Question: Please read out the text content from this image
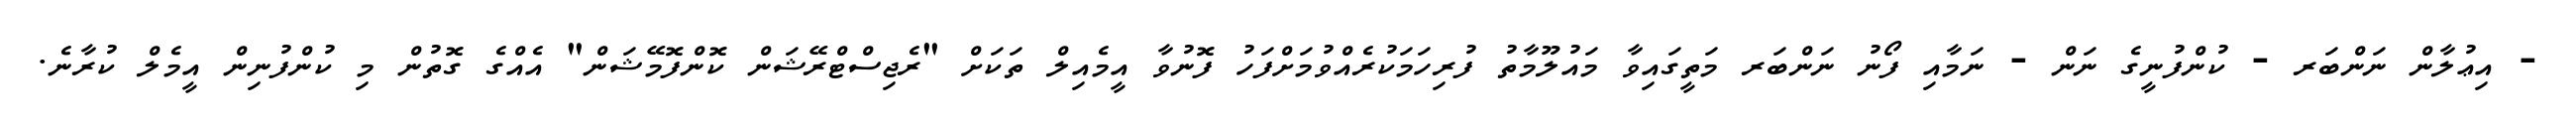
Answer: - އިޢުލާން ނަންބަރ - ކުންފުނީގެ ނަން - ނަމާއި ފޯނު ނަންބަރ މަތީގައިވާ މައުލޫމާތު ފުރިހަމަކުރެއްވުމަށްފަހު ފޮނުވާ އީމެއިލް ތަކަށް "ރެޖިސްޓްރޭޝަން ކޮންފޮމޭޝަން" އެއްގެ ގޮތުން މި ކުންފުނިން އީމެލް ކުރާނެ.